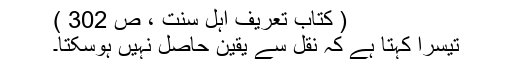
( کتاب تعریف اہل سنت ، ص 302 )
تیسرا کہتا ہے کہ نقل سے یقین حاصل نہیں ہوسکتا۔